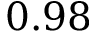
0 . 9 8